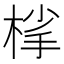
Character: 𪲦